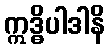
ဣဒ္ဓိပါဒါနိ